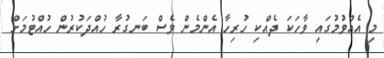
މި އެއްވުމުގައި ވާހަކަ ދެއްކި ހުރިހާ އެންމެން ވެސް ބަނގުރާ ހުއްދަކުރުން ހުއްޓުމަށް